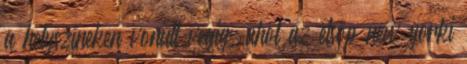
a helyszíneken vonult végig, ahol az elsőp new yorki